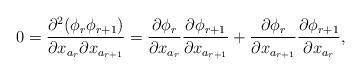
LaTeX: \begin{align*}0=\frac{\partial^2 (\phi_r \phi_{r+1})}{\partial x_{a_r} \partial x_{a_{r+1}}}=\frac{\partial \phi_r}{\partial x_{a_r}}\frac{\partial \phi_{r+1}}{\partial x_{a_{r+1}}}+\frac{\partial \phi_r}{\partial x_{a_{r+1}}}\frac{\partial \phi_{r+1}}{\partial x_{a_r}},\end{align*}